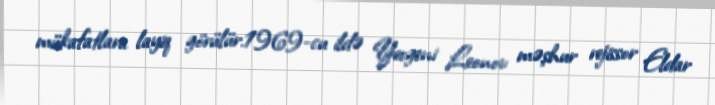
mükafatlara layiq görülür.1969-cu ildə Yevgeni Leonov məşhur rejissor Eldar